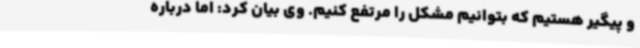
و پیگیر هستیم که بتوانیم مشکل را مرتفع کنیم. وی بیان کرد: اما درباره